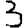
Digit: 3